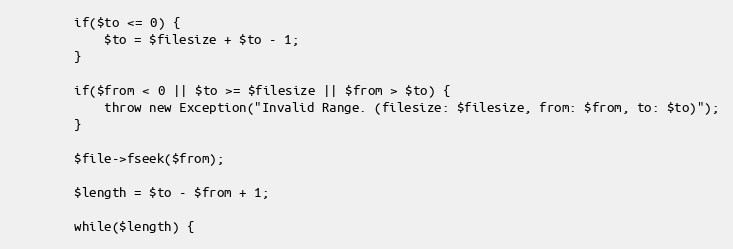
Language: PHP
        if($to <= 0) {
            $to = $filesize + $to - 1;
        }

        if($from < 0 || $to >= $filesize || $from > $to) {
            throw new Exception("Invalid Range. (filesize: $filesize, from: $from, to: $to)");
        }

        $file->fseek($from);

        $length = $to - $from + 1;

        while($length) {